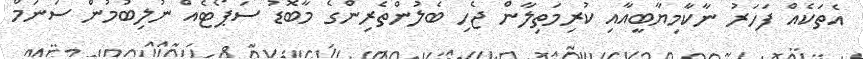
އެތަކެއް ފަހަރު ނާކާމިޔާބީއާއި ކުރިމަތިލާން ޖެހި ބެލުންތެރިންގެ މާބޮޑު ސަޕޯޓެއް ނުލިބުމުން ސަނަމް